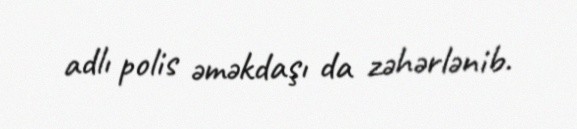
adlı polis əməkdaşı da zəhərlənib.